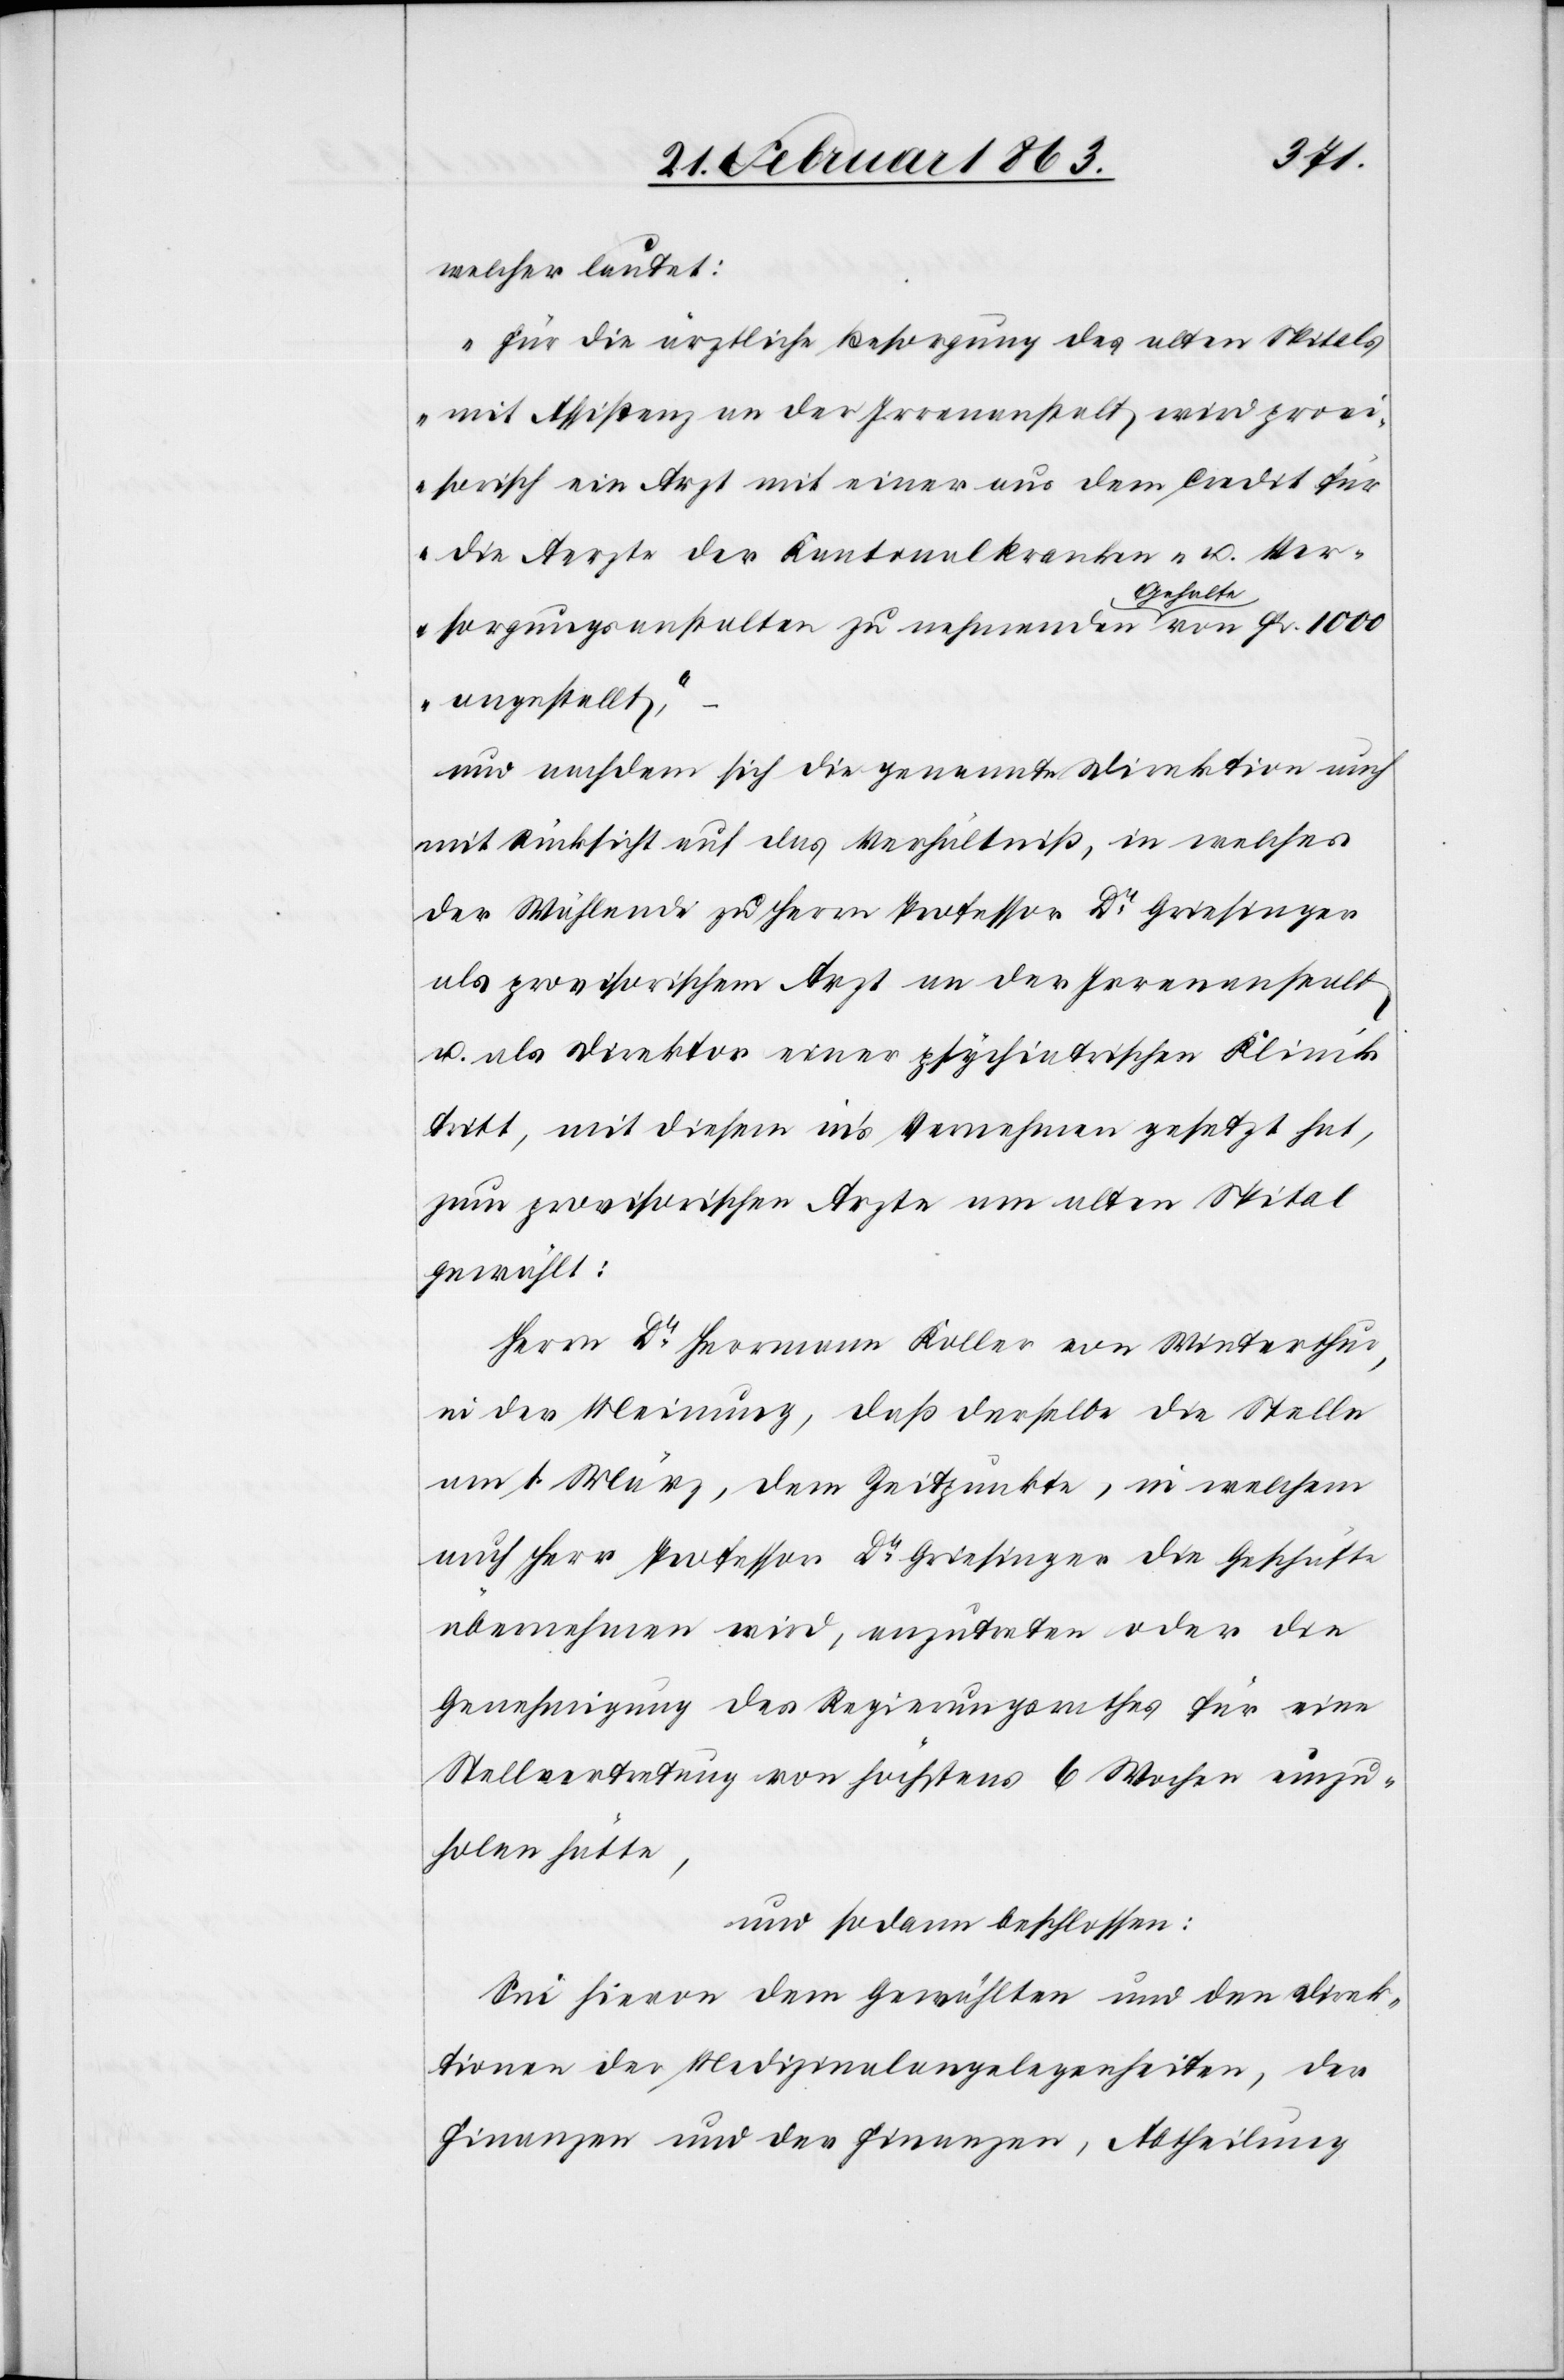
welcher lautet:
„Für die ärztliche Besorgung des alten Spitals
mit Assistenz an der Irrenanstalt wird provi¬
sorisch ein Arzt mit einer [sic!] aus dem Credit für
die Aerzte der Kantonalkranken- u. Ver¬
sorgungsanstalten zu nehmenden Gehalte von Fr. 1000
angestellt“,
und nachdem sich die genannte Direktion auch
mit Rücksicht auf das Verhältniß, in welches
der Wählende zu Herrn Professor Dr Griesinger
als provisorischen Arzt an der Irrenanstalt
u. als Direktor einer psychiatrischen Klinik
tritt, mit diesem in's Vernehmen gesetzt hat,
zum provisorischen Arzte am alten Spital
gewählt:
Herrn Dr Herrmann Koller von Winterthur,
in der Meinung, daß derselbe die Stelle
am 1. März, dem Zeitpunkte, in welchem
auch Herr Professor Dr Griesinger die Geschäfte
übernehmen wird, anzutreten oder die
Genehmigung des Regierungsrathes für eine
Stellvertretung von höchstens 6 Wochen einzu¬
holen hätte,
und sodann beschlossen:
Sei hievon dem Gewählten und den Direk¬
tionen der Medizinalangelegenheiten, der
Finanzen und der Finanzen, Abtheilung